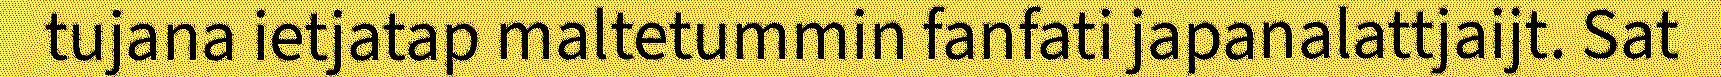
tujana ietjatap maltetummin fanfati japanalattjaijt. Sat